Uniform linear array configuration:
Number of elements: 16
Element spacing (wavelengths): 0.5
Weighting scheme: cosine
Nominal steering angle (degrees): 45
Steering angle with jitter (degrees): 46.128
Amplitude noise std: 0.05
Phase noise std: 0.05

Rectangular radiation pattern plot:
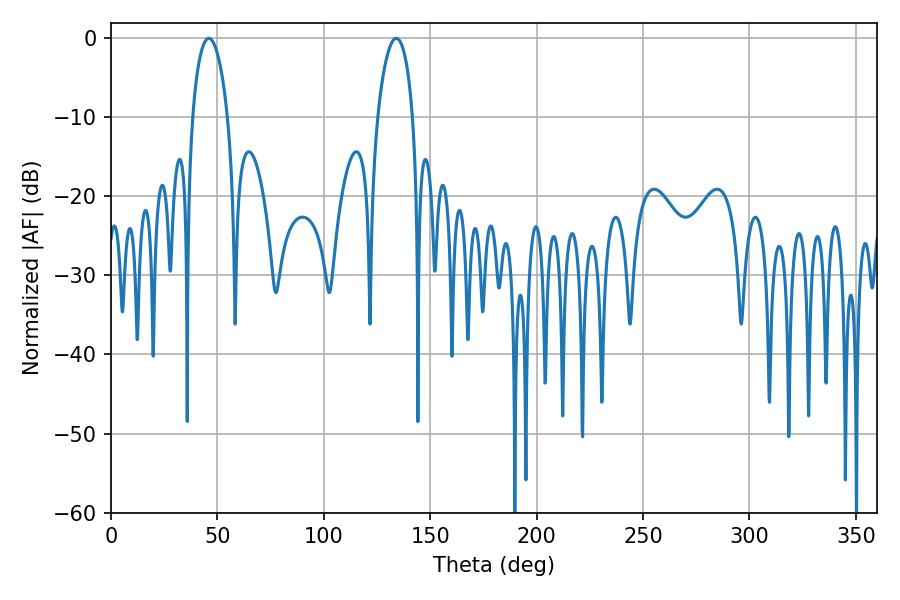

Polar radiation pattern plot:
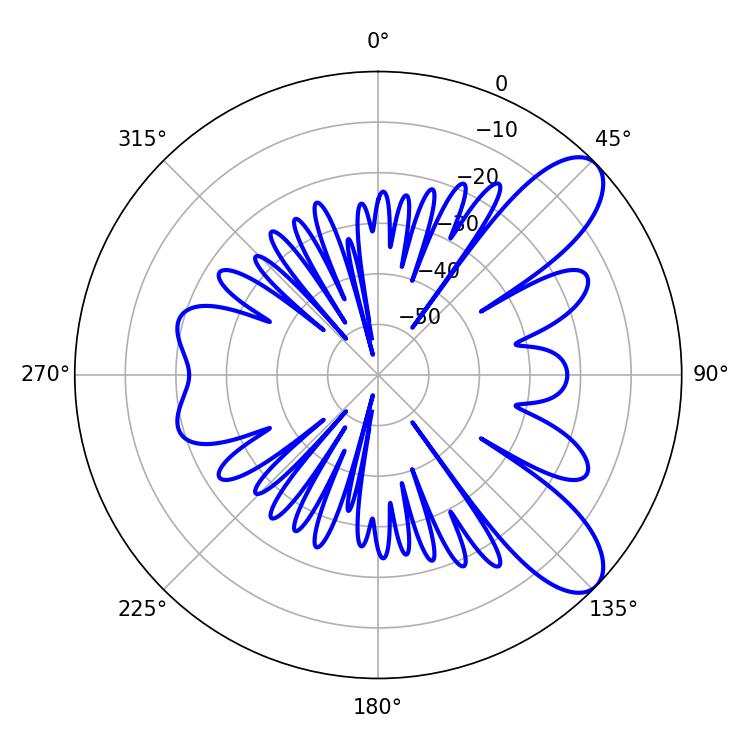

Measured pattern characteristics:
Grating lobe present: FALSE
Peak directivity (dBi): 8.957
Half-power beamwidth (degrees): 9.54
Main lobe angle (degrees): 45.9